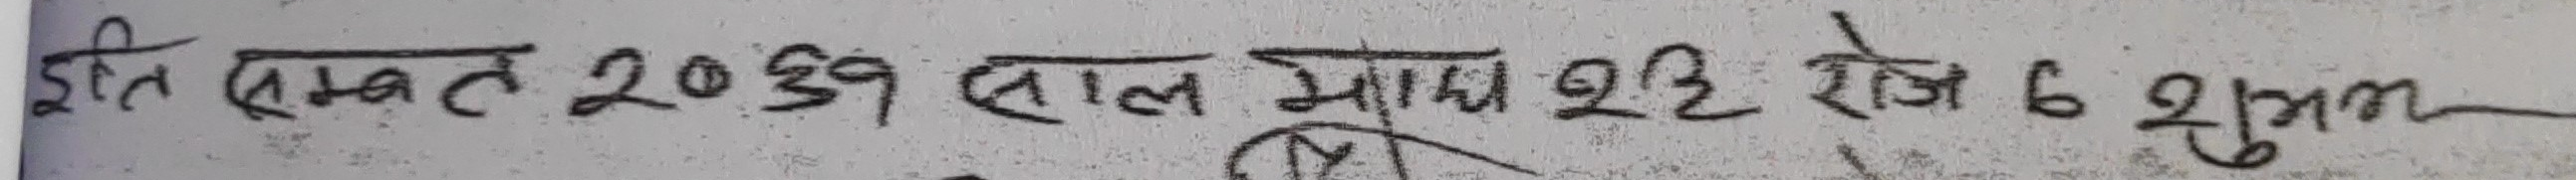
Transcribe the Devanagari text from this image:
इति सम्वत् २०३९ साल माघ बदि रोज ६ शुभम्